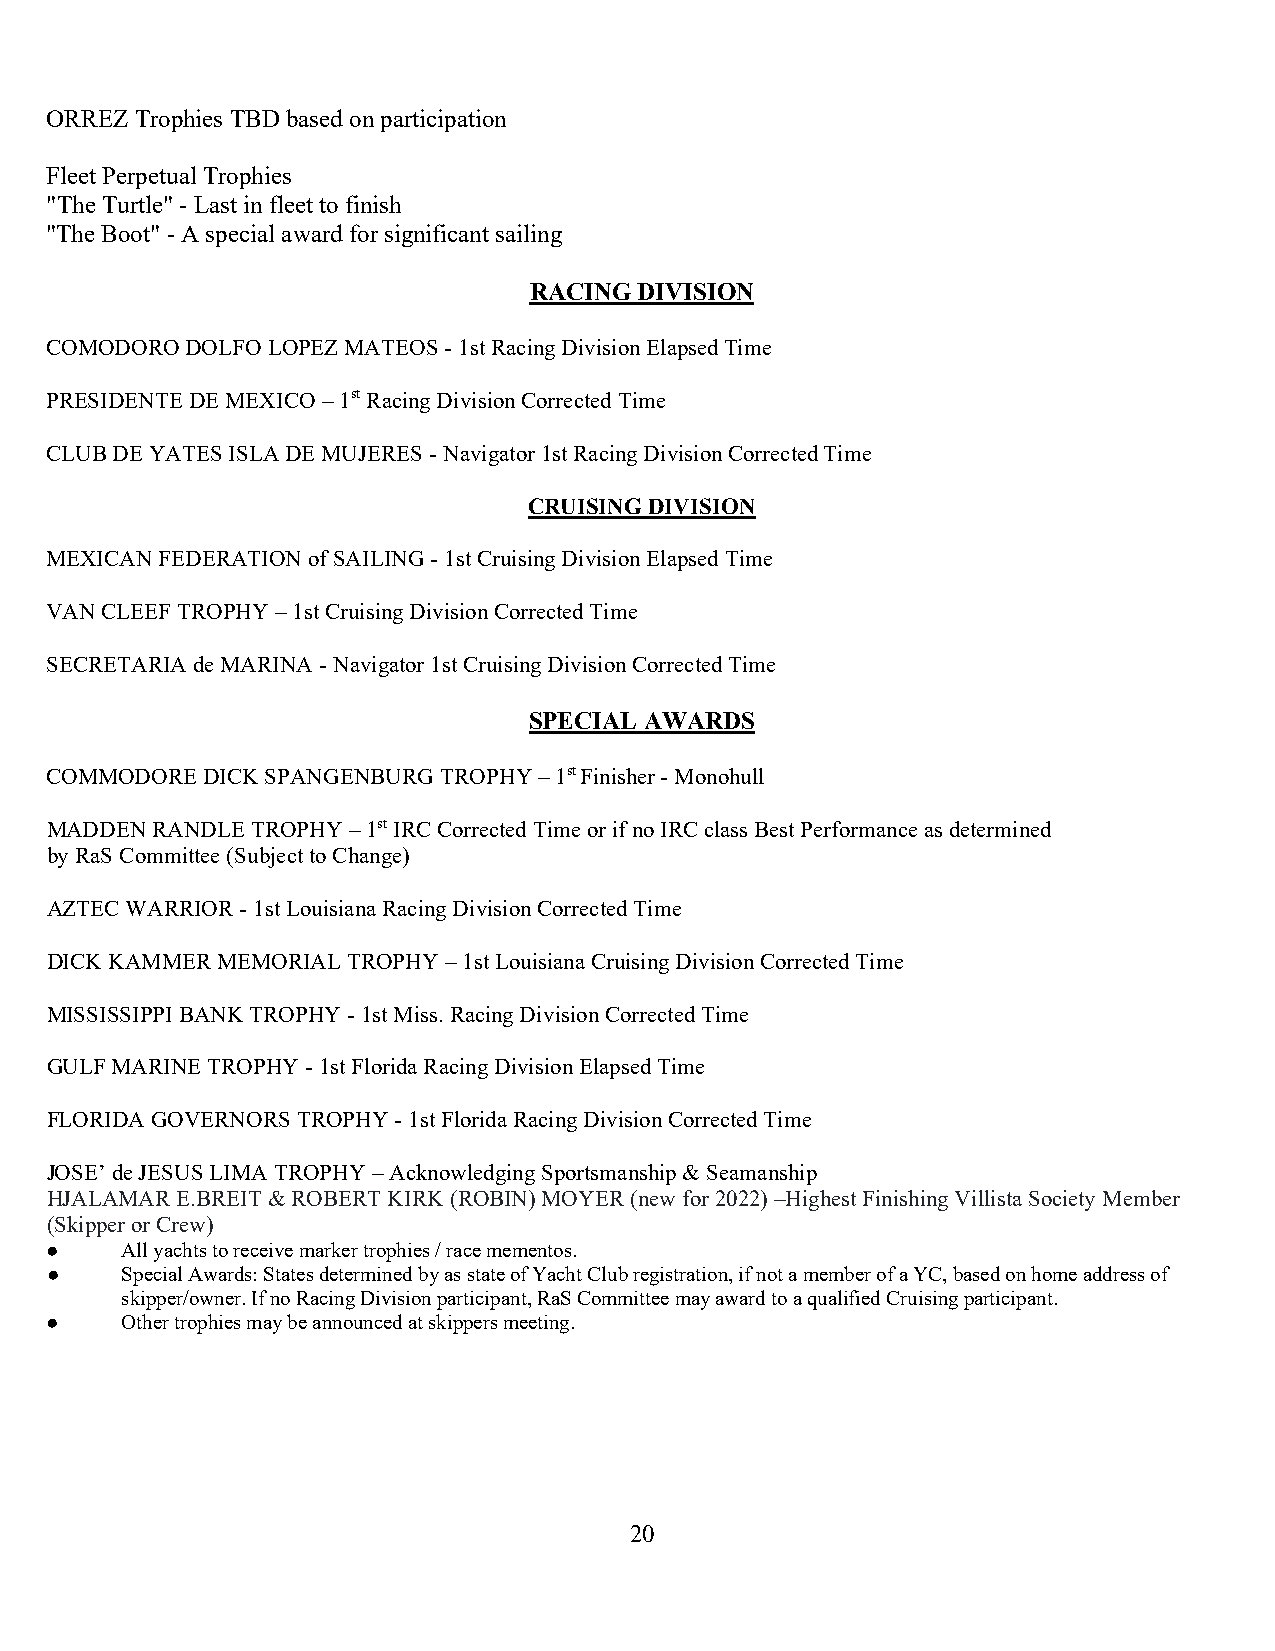
ORREZ Trophies TBD based on participation
 Fleet Perpetual Trophies
 "The Turtle" - Last in fleet to finish
 "The Boot" - A special award for significant sailing
 RACING DIVISION
 COMODORO DOLFO LOPEZ MATEOS - 1st Racing Division Elapsed Time
 PRESIDENTE DE MEXICO – 1st Racing Division Corrected Time
 CLUB DE YATES ISLA DE MUJERES - Navigator 1st Racing Division Corrected Time
 CRUISING DIVISION
 MEXICAN FEDERATION of SAILING - 1st Cruising Division Elapsed Time
 VAN CLEEF TROPHY – 1st Cruising Division Corrected Time
 SECRETARIA de MARINA - Navigator 1st Cruising Division Corrected Time
 SPECIAL AWARDS
 COMMODORE DICK SPANGENBURG TROPHY – 1st Finisher - Monohull
 MADDEN RANDLE TROPHY – 1st IRC Corrected Time or if no IRC class Best Performance as determined
 by RaS Committee (Subject to Change)
 AZTEC WARRIOR - 1st Louisiana Racing Division Corrected Time
 DICK KAMMER MEMORIAL TROPHY – 1st Louisiana Cruising Division Corrected Time
 MISSISSIPPI BANK TROPHY - 1st Miss. Racing Division Corrected Time
 GULF MARINE TROPHY - 1st Florida Racing Division Elapsed Time
 FLORIDA GOVERNORS TROPHY - 1st Florida Racing Division Corrected Time
 JOSE’ de JESUS LIMA TROPHY – Acknowledging Sportsmanship & Seamanship
 HJALAMAR E.BREIT & ROBERT KIRK (ROBIN) MOYER (new for 2022) –Highest Finishing Villista Society Member
 (Skipper or Crew)
 ●    All yachts to receive marker trophies / race mementos.
 ●    Special Awards: States determined by as state of Yacht Club registration, if not a member of a YC, based on home address of
 skipper/owner. If no Racing Division participant, RaS Committee may award to a qualified Cruising participant.
 ●    Other trophies may be announced at skippers meeting.
 20